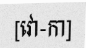
[វោ-កា]